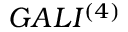
G A L I ^ { ( 4 ) }